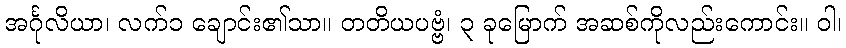
အင်္ဂုလိယာ၊ လက်၁ ချောင်း၏သာ။ တတိယပဗ္ဗံ၊ ၃ ခုမြောက် အဆစ်ကိုလည်းကောင်း။ ဝါ၊